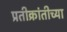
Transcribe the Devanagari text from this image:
प्रतीक्रांतीच्या